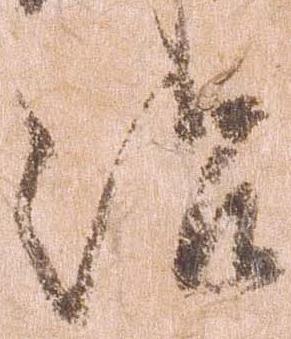
治